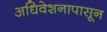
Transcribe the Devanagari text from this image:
अधिवेशनापासून